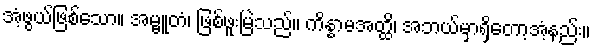
အံ့ဖွယ်ဖြစ်သော။ အမ္ဗူတံ၊ ဖြစ်ဖူးမြဲသည်။ ကိန္နာမအတ္ထိ၊ အဘယ်မှာရှိတော့အံ့နည်း။